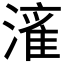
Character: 𱨼